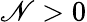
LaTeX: \mathscr{N}>0